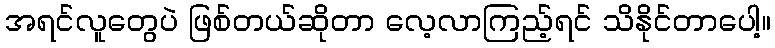
အရင်လူတွေပဲ ဖြစ်တယ်ဆိုတာ လေ့လာကြည့်ရင် သိနိုင်တာပေါ့။